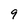
Character: 9